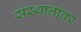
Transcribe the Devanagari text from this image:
संस्थानांवर